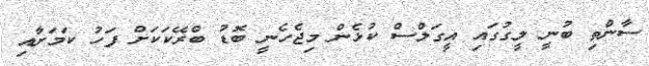
ސާންތި ބުނީ ލީގުގައި އީގަލްސް ކުޅެން މިޖެހެނީ ބޮޑު ބްރޭކަކަށް ފަހު ކަމަށާއި